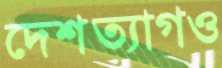
দেশত্যাগও